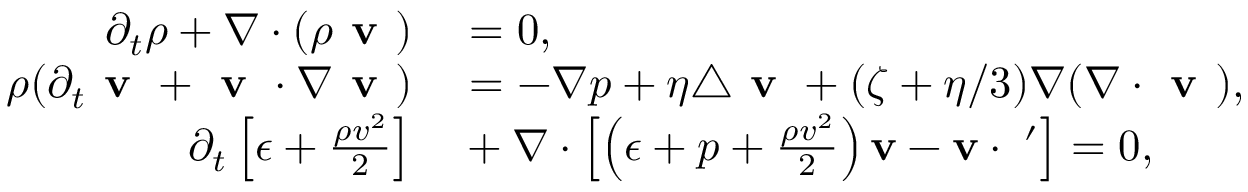
\begin{array} { r l } { \partial _ { t } \rho + \nabla \cdot ( \rho \textbf { v } ) } & { { } = 0 , } \\ { \rho ( \partial _ { t } \textbf { v } + \textbf { v } \cdot \nabla \textbf { v } ) } & { { } = - \nabla p + \eta \triangle \textbf { v } + ( \zeta + \eta / 3 ) \nabla ( \nabla \cdot \textbf { v } ) , } \\ { \partial _ { t } \left[ \epsilon + \frac { \rho v ^ { 2 } } { 2 } \right] } & { { } + \nabla \cdot \left[ \left( \epsilon + p + \frac { \rho v ^ { 2 } } { 2 } \right) \bf { v } - \bf { v } \cdot \sigma ^ { \prime } \right] = 0 , } \end{array}